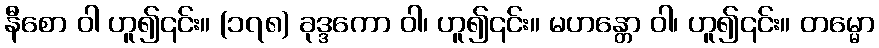
နီစော ဝါ ဟူ၍၎င်း။ (၁၇၈) ခုဒ္ဒကော ဝါ၊ ဟူ၍၎င်း။ မဟန္တော ဝါ၊ ဟူ၍၎င်း။ တမ္မော